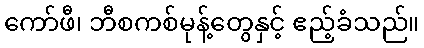
ကော်ဖီ၊ ဘီစကစ်မုန့်တွေနှင့် ဧည့်ခံသည်။